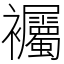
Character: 䙱